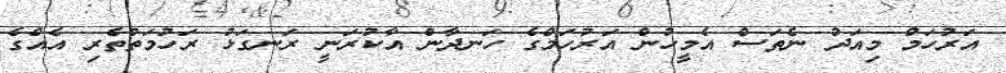
އަރުހަމް މިއަދު ނެތަސް އެމީހުން އަރުހަމްގެ ހަނދާން އާކުރަނީ ރަނގަޅު ރަހުމަތްތެރި އެއްގެ